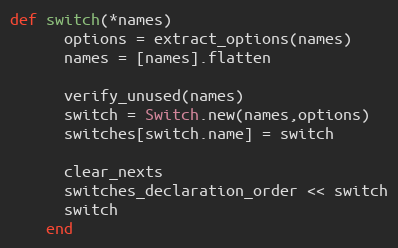
Language: Ruby
def switch(*names)
      options = extract_options(names)
      names = [names].flatten

      verify_unused(names)
      switch = Switch.new(names,options)
      switches[switch.name] = switch

      clear_nexts
      switches_declaration_order << switch
      switch
    end